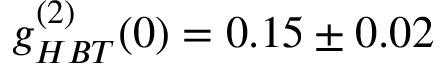
g _ { H B T } ^ { ( 2 ) } ( 0 ) = 0 . 1 5 \pm 0 . 0 2